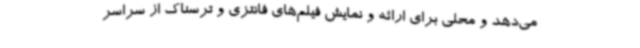
می‌دهد و محلی برای ارائه و نمایش فیلم‌های فانتزی و ترسناک از سراسر